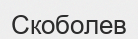
Скоболев